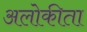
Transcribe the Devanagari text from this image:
अलोकीता